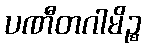
ပဏီတဂါမိဉ္စ